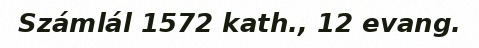
Számlál 1572 kath., 12 evang.